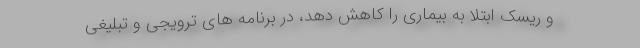
و ریسک ابتلا به بیماری را کاهش دهد، در برنامه های ترویجی و تبلیغی